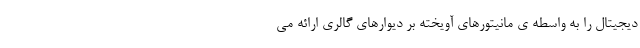
دیجیتال را به واسطه ی مانیتورهای آویخته بر دیوارهای گالری ارائه می